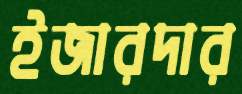
ইজারদার